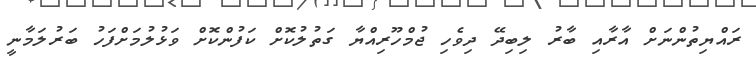
ރައްޔިތުންނަށް އާރާއި ބާރު ލިބިދޭ ދިވެހި ޖުމްހޫރިއްޔާ ގަތުލުކޮށް ކަފުންކޮށް ވަޅުލުމަށްފަހު ބަރުލަމާނީ